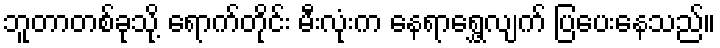
ဘူတာတစ်ခုသို့ ရောက်တိုင်း မီးလုံးက နေရာရွှေ့လျက် ပြပေးနေသည်။